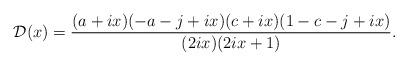
LaTeX: \begin{align*} \mathcal{D}(x)=\frac{(a+ix)(-a-j+ix)(c+ix)(1-c-j+ix)}{(2ix)(2ix+1)}. \end{align*}